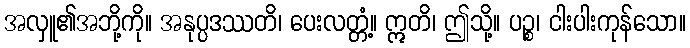
အလှူ၏အဘို့ကို။ အနုပ္ပဒဿတိ၊ ပေးလတ္တံ့။ ဣတိ၊ ဤသို့။ ပဉ္စ၊ ငါးပါးကုန်သော။